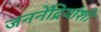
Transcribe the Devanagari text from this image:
जननेंद्रियांशी